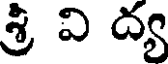
శ్రీ వి ద్య